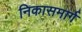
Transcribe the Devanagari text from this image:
निकासमार्ग